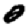
Digit: 0